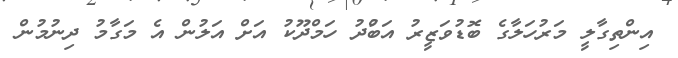
އިންތިގާލީ މަރުހަލާގެ ބޮޑުވަޒީރު އަބްުދު ހަމްދޫކު އަށް އަލުން އެ މަގާމު ދިނުމުން